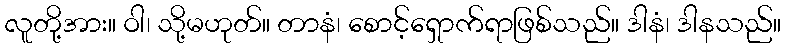
လူတို့အား။ ဝါ၊ သို့မဟုတ်။ တာနံ၊ စောင့်ရှောက်ရာဖြစ်သည်။ ဒါနံ၊ ဒါနသည်။